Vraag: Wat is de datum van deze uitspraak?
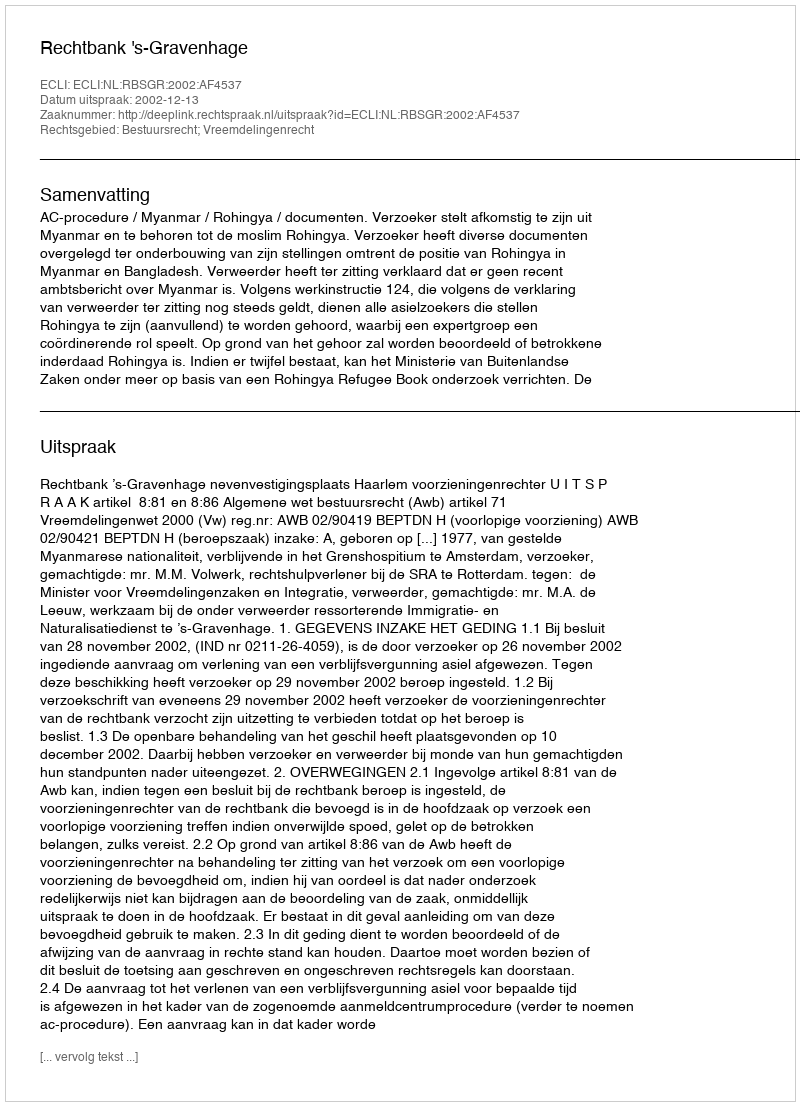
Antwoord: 2002-12-13